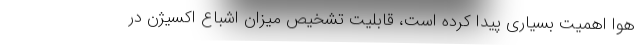
هوا اهمیت بسیاری پیدا کرده است، قابلیت تشخیص میزان اشباع اکسیژن در